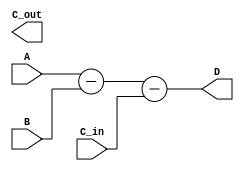
module carry_lookahead_subtractor(
    input [3:0] A,
    input [3:0] B,
    input C_in,
    output [3:0] D,
    output C_out
);

wire [3:0] P, G;
wire [2:0] C;

assign P = A ^ B;  // Generate signals
assign G = A & B;

assign C[0] = C_in;  // Propagate signal for the first bit
assign C[1] = G[0] | (P[0] & C[0]);
assign C[2] = G[1] | (P[1] & G[0]) | (P[1] & P[0] & C[0]);
assign C[3] = G[2] | (P[2] & G[1]) | (P[2] & P[1] & G[0]) | (P[2] & P[1] & P[0] & C[0]);

assign D = A - B - C_in;  // Perform subtraction

assign C_out = C[3];  // Carry-out signal

endmodule